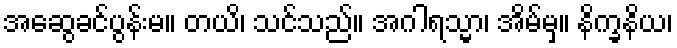
အဆွေခင်ပွန်းမ။ တယိ၊ သင်သည်။ အဂါရသ္မာ၊ အိမ်မှ။ နိက္ခနိယ၊